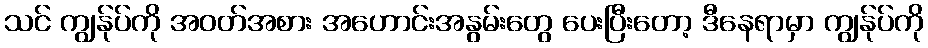
သင် ကျွန်ုပ်ကို အဝတ်အစား အဟောင်းအနွမ်းတွေ ပေးပြီးတော့ ဒီနေရာမှာ ကျွန်ုပ်ကို